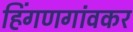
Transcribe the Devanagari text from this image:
हिंगणगांवकर